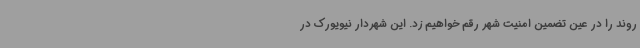
روند را در عین تضمین امنیت شهر رقم خواهیم زد. این شهردار نیویورک در